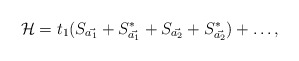
\begin{align*}{\cal H} = t_1 (S_{\vec{a_1}} + S_{\vec{a_1}}^* + S_{\vec{a_2}} +S_{\vec{a_2}}^* ) + \ldots,\end{align*}